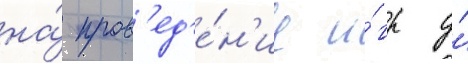
на́ пров'ед'е́н'ие и́гр у́